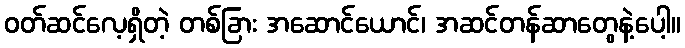
ဝတ်ဆင်လေ့ရှိတဲ့ တစ်ခြား အဆောင်ယောင်၊ အဆင်တန်ဆာတွေနဲ့ပေါ့။